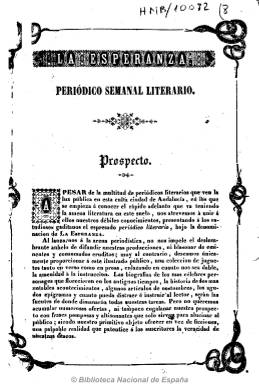
Título: La Esperanza (Cádiz)
Colección: Literatura || Revistas de información general
Ámbito geográfico: Cádiz
Lugar de publicación: Cádiz
Fechas: 05/01/1845-26/01/1845

Subtitulado como “periódico semanal literario”, publica su prospecto, casi con toda seguridad, en diciembre de 1844 (el pie de imprenta del mismo indica este año), pues su primer número aparece el cinco de enero de 1845. En dicho prospecto se señala que se imprime en un “pliego de finísimo papel” y que incluirá textos en verso y prosa, biografías y narraciones por entregas, artículos de historia literaria, de costumbres y moda y epigramas. Con cuatro páginas cada número, es impreso por B. Núñez. De los números 2 a 4 publica la biografía de Emilio Sué,  así como crónicas de los actos celebrados en el Liceo gaditano. Entre sus colaboradores estaba el literato Miguel Domínguez. Otros textos son firmados con iniciales (G. o J.A.). Junto a la cabecera va un grabado de Goyena.

La colección digitalizada de la BNE incluye sus primeros cuatro números, que aparecían cada domingo.